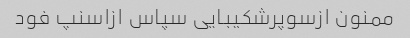
ممنون ازسوپرشکیبایی سپاس ازاسنپ فود